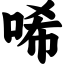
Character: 唏